Lunatic asylums in Bengal annual reports 1899-1911 - 1899-1911
Year: 1899
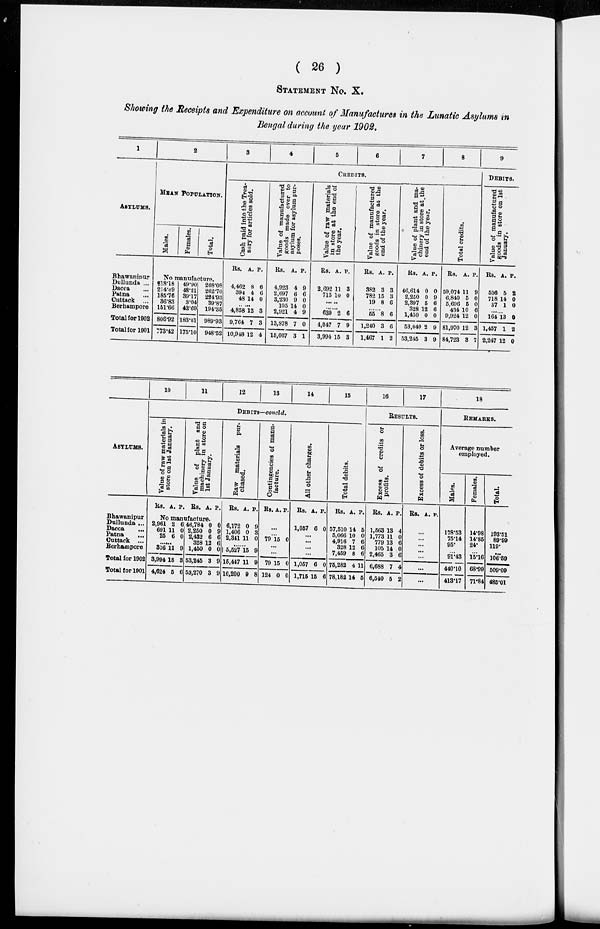
( 26 )
STATEMENT No. X.
Showing the Receipts and Expenditure on account of Manufactures in the Lunatic Asylums in
Bengal during the year 1902.
1
ASYLUMS.
Bhawanipur
Dullunda ...
Dacca ...
Patna ...
Cuttack ...
Berhampore
Total for 1902
Total for 1901
2
MEAN POPULATION.
Males.
Females.
Total.
No manufacture.
218.18
214.49
185.76
36.83
151.66
806.92
773.42
49.90
48.21
39.17
3.04
42.69
183.01
175.10
268.08
262.70
224.93
39.87
194.35
989.93
948.52
3
4
5
6
7
8
CREDITS.
Cash paid into the Trea-
sury for articles sold.
Rs.
4,462
394
48
A.
8
4
14
P.
6
6
0
......
4,858
9,764
10,948
12
7
12
3
3
4
Value of manufactured
goods made over to
asylum for asylum pur-
poses.
Rs.
4,923
2,697
3,230
105
2,921
13,878
15,067
A.
4
6
9
14
4
7
3
P.
9
6
0
0
9
0
1
Value of raw materials
in store at the end of
the year.
Rs.
2,692
715
A.
11
10
P.
3
0
......
......
639
4,047
3,994
2
7
15
6
9
3
Value of manufactured
goods in store at the
end of the year.
Rs.
382
782
19
A.
3
15
8
P.
3
3
6
......
55
1,240
1,467
8
3
1
6
6
2
Value of plant and ma-
chinery in store at the
end of the year.
Rs.
46,614
2,250
2,397
328
1,450
53,040
53,245
A.
0
0
5
12
0
2
3
P.
0
9
6
6
0
9
9
Total credits.
Rs.
59,074
6,840
5,696
434
9,924
81,970
84,723
A.
11
5
5
10
12
12
3
P.
9
0
0
6
0
3
7
9
DEBITS.
Value of manufactured
g oods in store on 1st
January.
Rs.
536
718
37
A.
5
14
1
P.
2
0
0
164
1,457
2,247
13
1
12
0
2
0
ASYLUMS.
Bhawanipur
Dullunda ...
Dacca ...
Patna ...
Cuttack ...
Berhampore
Total for 1902
Total for 1901
10
11
12
13
14
15
DEBITS—concld.
Value of raw materials in
store on 1st January.
Rs. A. P.
Value of plant and
machinery in store on
1st January.
Rs. A. P.
No manufacture.
2,961
691
25
2
11
6
6
0
0
......
316
3,994
4,624
11
15
5
9
3
6
46,784
2,250
2,432
328
1,450
53,245
53,270
0
0
6
12
0
3
3
0
9
6
6
0
9
9
Raw materials pur-
chased.
Rs.
6,172
1,406
2,341
A.
0
0
11
P.
9
3
0
......
5,527
15,447
16,200
15
11
9
9
9
8
Contingencies of manu-
facture.
Rs. A. P.
...
...
79 15 0
...
...
79
124
15
0
0
0
All other charges.
Rs.
1,057
A.
6
P.
0
...
...
...
...
1,057
1,715
6
15
0
6
Total debits.
Rs.
57,510
5,066
4,916
328
7,459
75,282
78,182
A.
14
10
7
12
8
4
14
P.
5
0
6
6
6
11
5
16
17
RESULTS.
Excess of credits or
profits.
Rs.
1,563
1,773
779
105
2,465
6,688
6,540
A.
13
11
13
14
3
7
5
P.
4
0
6
0
6
4
2
Excess of debits or loss.
Rs. A. P.
...
...
...
...
...
...
...
18
REMARKS.
Average number
employed.
Males.
178.53
75.14
95.
...
91.43
440.10
413.17
Females.
14.98
14.85
24.
...
15.16
68.99
71.84
Total.
193.51
89.99
119.
...
106.59
509.09
485.01